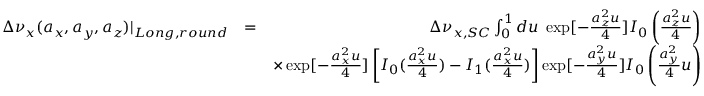
\begin{array} { r l r } { \Delta \nu _ { x } ( a _ { x } , a _ { y } , a _ { z } ) | _ { L o n g , r o u n d } } & { = } & { \Delta \nu _ { x , S C } \int _ { 0 } ^ { 1 } d u \; \exp [ - \frac { a _ { z } ^ { 2 } u } { 4 } ] I _ { 0 } \left( \frac { a _ { z } ^ { 2 } u } { 4 } \right) } \\ & { } & { \times \exp [ - \frac { a _ { x } ^ { 2 } u } { 4 } ] \left[ I _ { 0 } ( \frac { a _ { x } ^ { 2 } u } { 4 } ) - I _ { 1 } ( \frac { a _ { x } ^ { 2 } u } { 4 } ) \right] \exp [ - \frac { a _ { y } ^ { 2 } u } { 4 } ] I _ { 0 } \left( \frac { a _ { y } ^ { 2 } } { 4 } u \right) } \end{array}